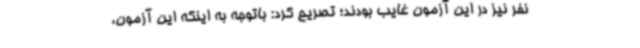
نفر نیز در این آزمون غایب بودند؛ تصریح کرد: باتوجه به اینکه این آزمون،